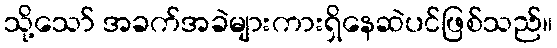
သို့သော် အခက်အခဲများကားရှိနေဆဲပင်ဖြစ်သည်။